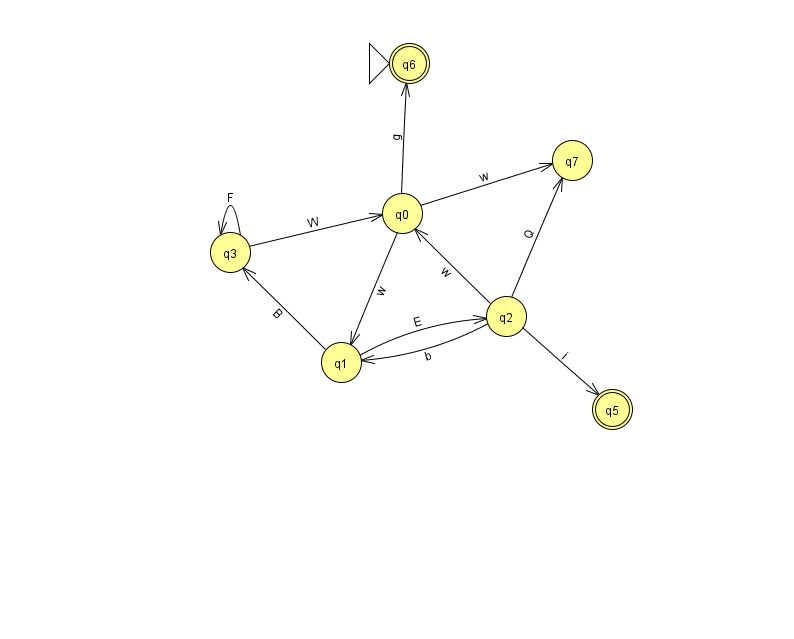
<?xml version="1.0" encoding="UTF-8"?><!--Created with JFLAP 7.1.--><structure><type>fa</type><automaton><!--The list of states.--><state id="0" name="q0"><x>402.0</x><y>200.0</y></state><state id="1" name="q1"><x>341.0</x><y>349.0</y></state><state id="2" name="q2"><x>506.0</x><y>303.0</y></state><state id="3" name="q3"><x>230.0</x><y>239.0</y></state><state id="5" name="q5"><x>612.0</x><y>396.0</y><final/></state><state id="6" name="q6"><x>409.0</x><y>50.0</y><initial/><final/></state><state id="7" name="q7"><x>572.0</x><y>147.0</y></state><!--The list of transitions.--><transition><from>2</from><to>1</to><read>b</read></transition><transition><from>1</from><to>2</to><read>E</read></transition><transition><from>0</from><to>1</to><read>w</read></transition><transition><from>2</from><to>0</to><read>w</read></transition><transition><from>3</from><to>3</to><read>F</read></transition><transition><from>0</from><to>6</to><read>g</read></transition><transition><from>3</from><to>0</to><read>W</read></transition><transition><from>0</from><to>7</to><read>w</read></transition><transition><from>2</from><to>5</to><read>i</read></transition><transition><from>1</from><to>3</to><read>B</read></transition><transition><from>2</from><to>7</to><read>Q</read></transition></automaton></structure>